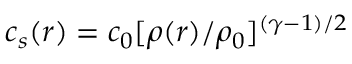
c _ { s } ( \boldsymbol { r } ) = c _ { 0 } [ \rho ( \boldsymbol { r } ) / \rho _ { 0 } ] ^ { ( \gamma - 1 ) / 2 }